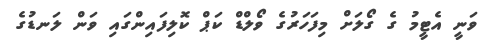
ވަނީ އެޓީމު ގެ ގޯލަށް މިފަހަރުގެ ވޯލްޑް ކަޕް ކޮލިފައިންގައި ވަން ލަނޑުގެ